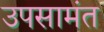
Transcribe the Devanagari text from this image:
उपसामंत